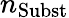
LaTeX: n_{\mathrm{Subst}}